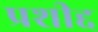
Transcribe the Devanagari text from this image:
प्रशीद्द